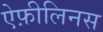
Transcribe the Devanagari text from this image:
ऐफ़ीलिनस